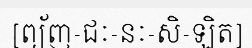
[ព្យ័ញ-ជៈ-នៈ-សិ-ឡិត]